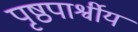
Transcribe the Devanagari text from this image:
पृष्ठपार्श्वीय